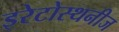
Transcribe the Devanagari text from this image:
इरेटोस्थनीज